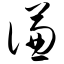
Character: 谦